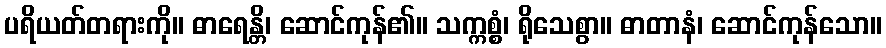
ပရိယတ်တရားကို။ ဓာရေန္တိ၊ ဆောင်ကုန်၏။ သက္ကစ္စံ၊ ရိုသေစွာ။ ဓာတာနံ၊ ဆောင်ကုန်သော။